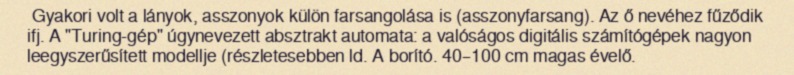
Gyakori volt a lányok, asszonyok külön farsangolása is (asszonyfarsang). Az ő nevéhez fűződik ifj. A "Turing-gép" úgynevezett absztrakt automata: a valóságos digitális számítógépek nagyon leegyszerűsített modellje (részletesebben ld. A borító. 40–100 cm magas évelő.